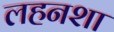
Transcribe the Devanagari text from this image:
लहनशा